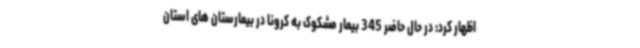
اظهار کرد: در حال حاضر 345 بیمار مشکوک به کرونا در بیمارستان های استان